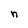
Character: n